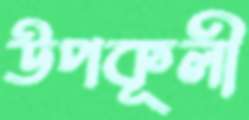
উপকূলী